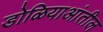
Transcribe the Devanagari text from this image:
डोळियाआंतील